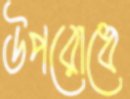
উপরোধে